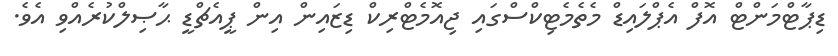
ޑިޕާޓްމަންޓް އޮފް އެޕްލައިޑް މެތެމެޓިކްސްގައި ޖިއޮމެޓްރިކް ޑިޒައިން އިން ޕީއެޗްޑީ ޙާޞިލްކުރެއްވި އެވެ.